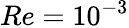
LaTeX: Re=10^{-3}